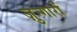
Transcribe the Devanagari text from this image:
ज़ुन्गारों